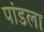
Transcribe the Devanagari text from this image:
पांडला